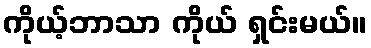
ကိုယ့်ဘာသာ ကိုယ် ရှင်းမယ်။